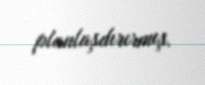
planlaşdırırmış.